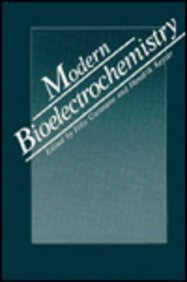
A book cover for Modern Bioelectrochemistry; Science & Math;